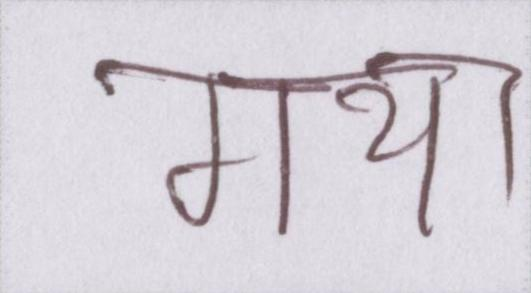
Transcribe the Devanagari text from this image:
गया